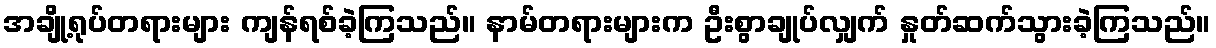
အချို့ရုပ်တရားများ ကျန်ရစ်ခဲ့ကြသည်။ နာမ်တရားများက ဦးစွာချုပ်လျှက် နှုတ်ဆက်သွားခဲ့ကြသည်။